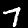
Digit: 7